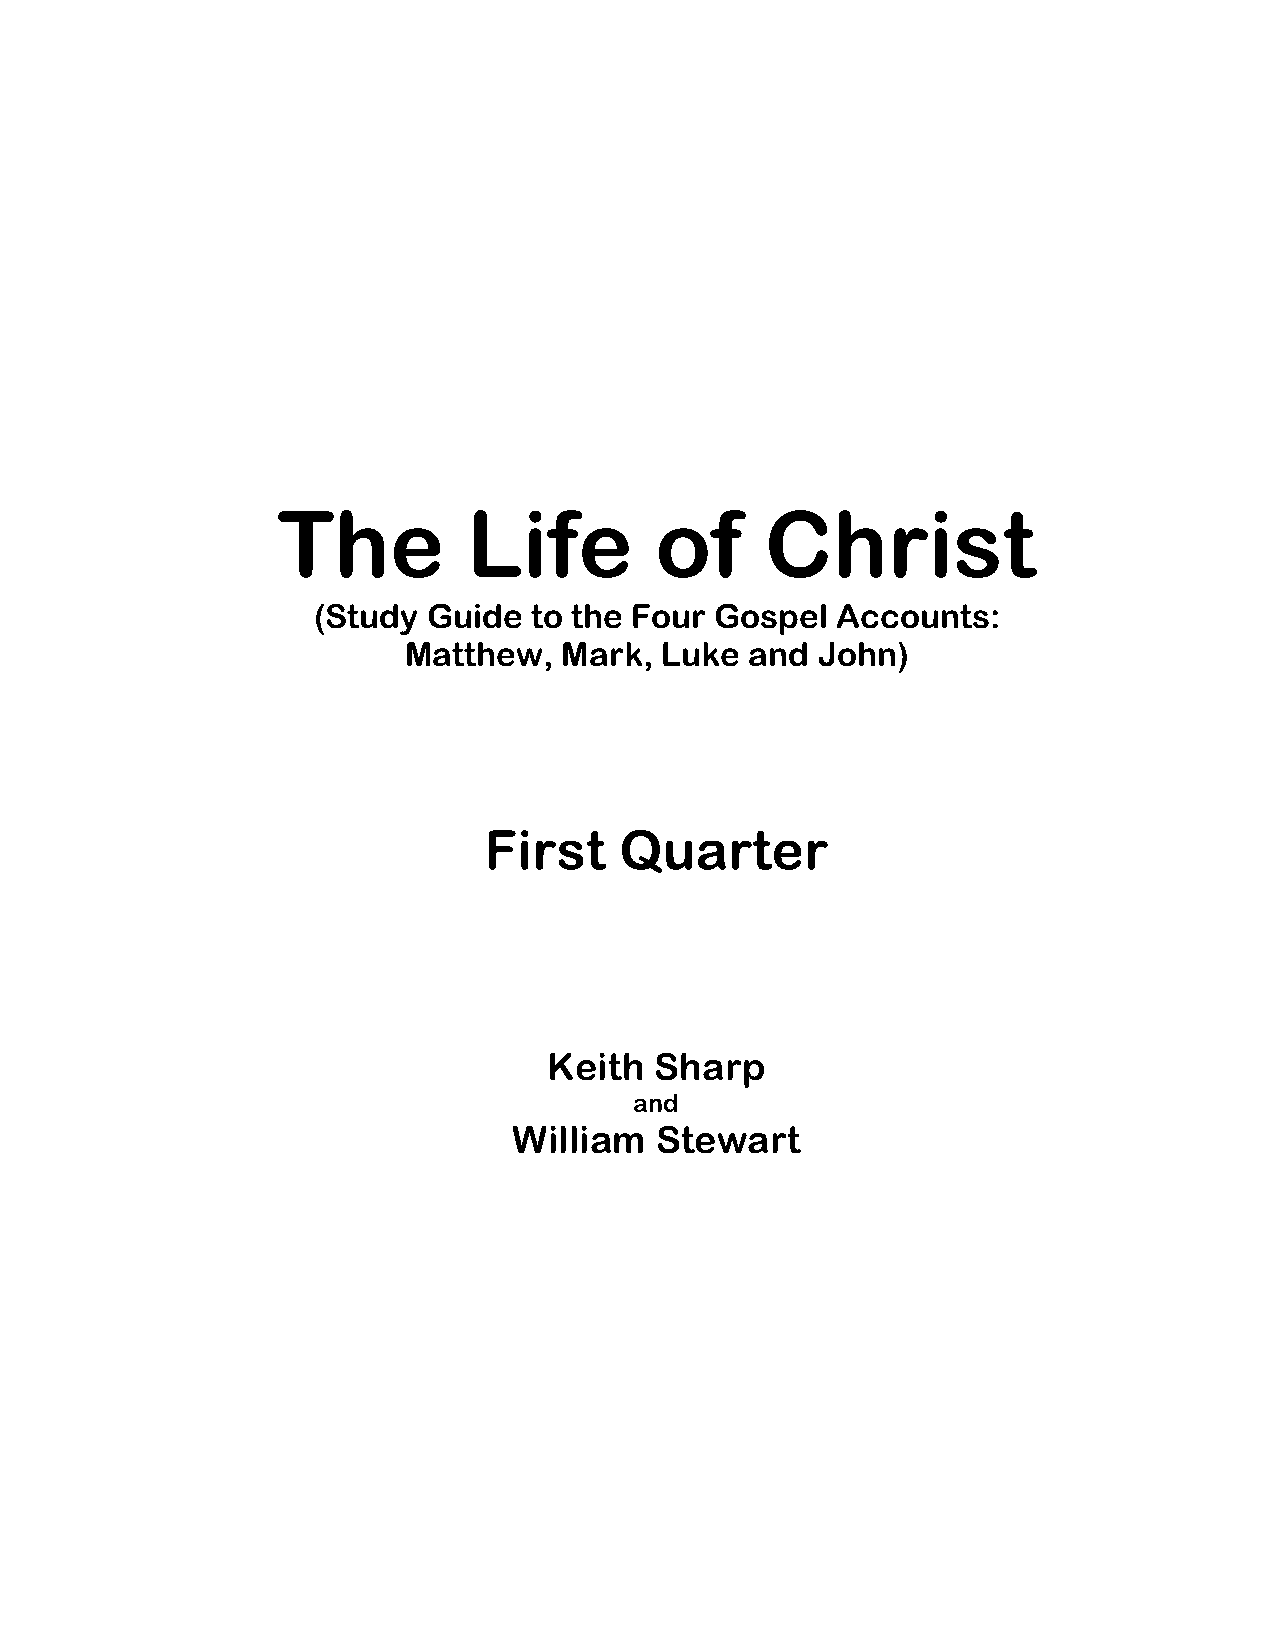
The          Life        of      Christ
 (Study Guide  to the Four Gospel  Accounts:
 Matthew,  Mark,  Luke  and John)
 First    Quarter
 Keith  Sharp
 and
 William  Stewart